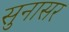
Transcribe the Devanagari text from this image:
सुनासर